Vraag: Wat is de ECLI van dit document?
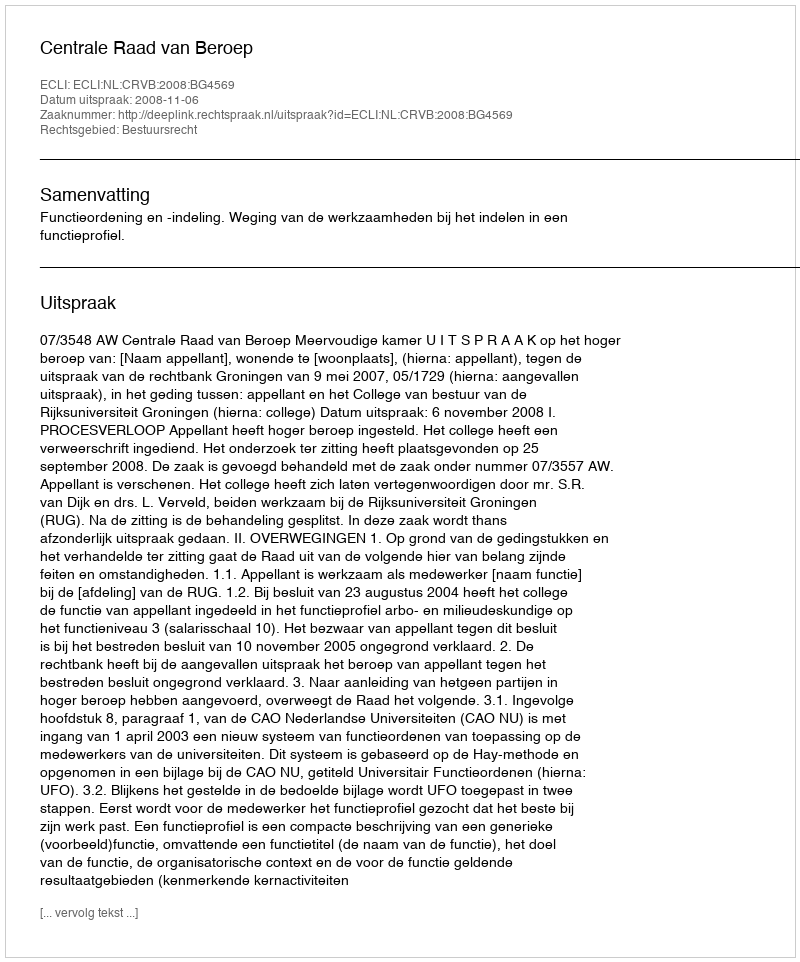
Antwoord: ECLI:NL:CRVB:2008:BG4569